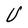
Character: U